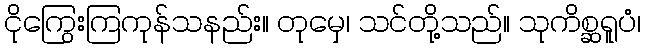
ငိုကြွေးကြကုန်သနည်း။ တုမှေ၊ သင်တို့သည်။ သုကိစ္ဆရူပံ၊